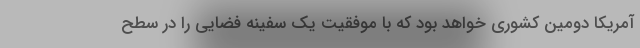
آمریکا دومین کشوری خواهد بود که با موفقیت یک سفینه فضایی را در سطح